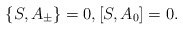
\begin{align*} \{S, A_{\pm}\}=0,[S,A_0]=0.\end{align*}